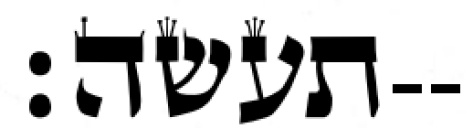
תעשה׃--